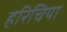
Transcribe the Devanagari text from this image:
हरिचिया